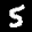
Label: 5